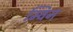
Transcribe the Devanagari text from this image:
म्विन